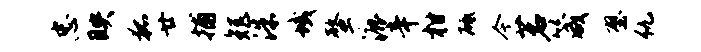
忠映狐廿捕矩洙域螯漉辛柑砥今茗箴壁仇